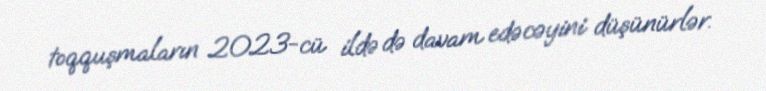
toqquşmaların 2023-cü ildə də davam edəcəyini düşünürlər.